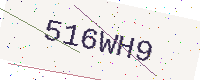
Text: 516WH9